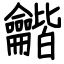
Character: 龤